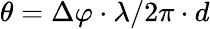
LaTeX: \theta=\Delta\varphi\cdot\lambda/2\pi\cdot d